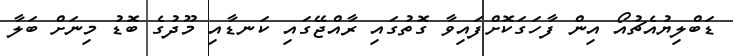
ޑަބްލިޔުއެޗުއޯ އިން ފާހަގަކޮށްފައިވާ ގޮތުގައި ރާއްޖޭގައި ކަނޑާއި މޫދުގެ ބޮޑު މިނަށް ބަލާ